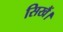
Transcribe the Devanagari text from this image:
सिखैं।